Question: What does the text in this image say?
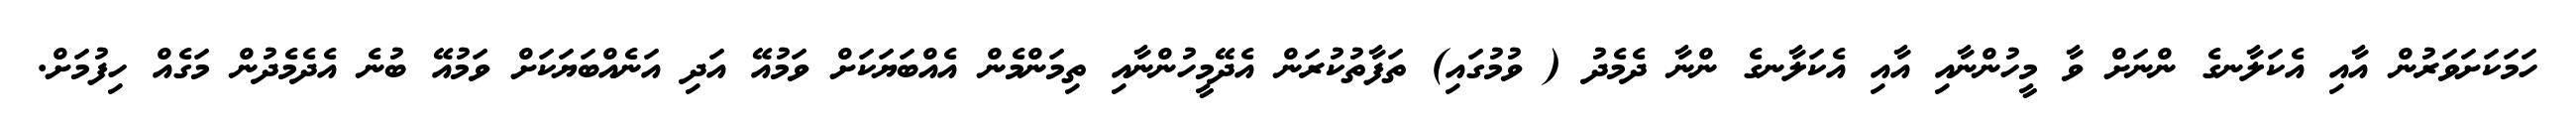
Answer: ހަމަކަށަވަރުން އާއި އެކަލާނގެ ންނަށް ވާ މީހުންނާއި އާއި އެކަލާނގެ ންނާ ދެމެދު ( ވުމުގައި) ތަފާތުކުރަން އެދޭމީހުންނާއި ތިމަންމެން އެއްބަޔަކަށް ވަމުއޭ އަދި އަނެއްބަޔަކަށް ވަމުއޭ ބުނެ އެދެމެދުން މަގެއް ހިފުމަށް.